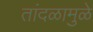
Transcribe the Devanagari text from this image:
तांदळामुळे